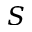
S